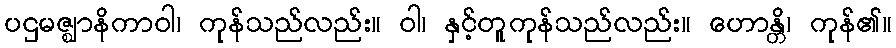
ပဌမဇ္ဈာနိကာဝါ၊ ကုန်သည်လည်း။ ဝါ၊ နှင့်တူကုန်သည်လည်း။ ဟောန္တိ၊ ကုန်၏။